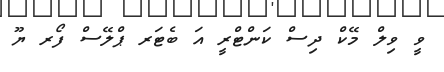
ވީ ވިލް މޭކް ދިސް ކަންޓްރީ އަ ބެޓަރ ޕްލޭސް ފޯރ ޔޫ